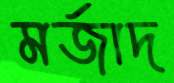
মর্জাদ